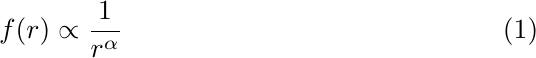
 \begin{equation}
     f(r) \propto \frac{1}{r^{\alpha}}
     \label{eq:zipf}
 \end{equation}